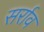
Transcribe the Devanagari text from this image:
सर्राव